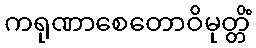
ကရုဏာစေတောဝိမုတ္တိံ